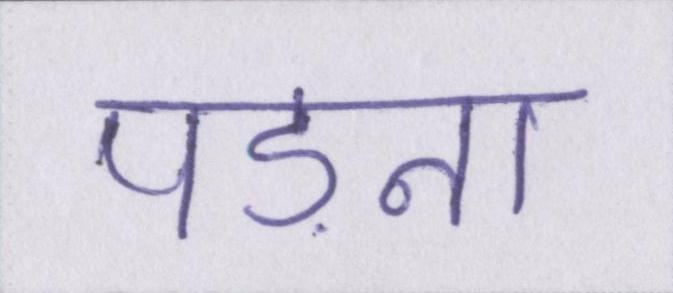
पड़ना